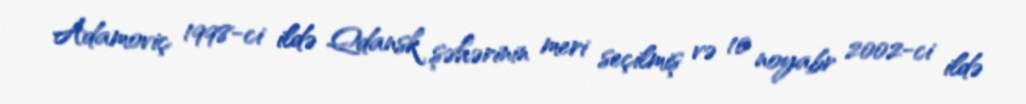
Adamoviç 1998-ci ildə Qdansk şəhərinin meri seçilmiş və 10 noyabr 2002-ci ildə